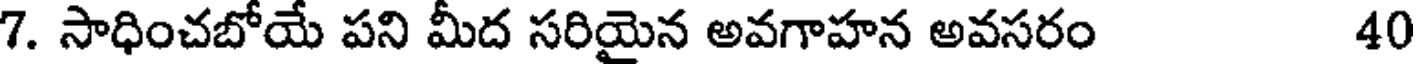
7. సాధించబోయే పని మీద సరియైన అవగాహన అవసరం 40